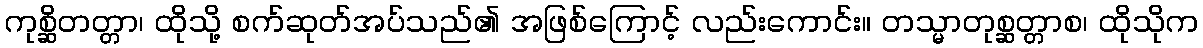
ကုစ္ဆိတတ္တာ၊ ထိုသို့ စက်ဆုတ်အပ်သည်၏ အဖြစ်ကြောင့် လည်းကောင်း။ တသ္မာတုစ္ဆတ္တာစ၊ ထိုသိုက